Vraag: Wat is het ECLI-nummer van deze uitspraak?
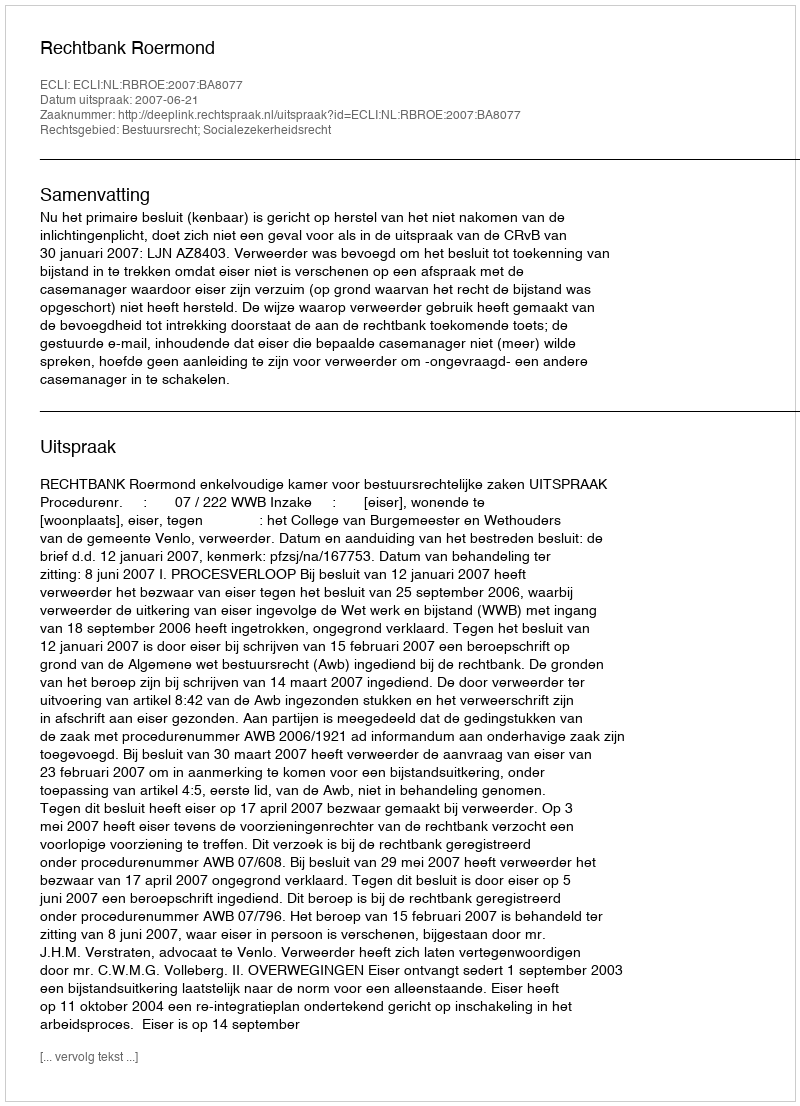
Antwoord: ECLI:NL:RBROE:2007:BA8077